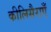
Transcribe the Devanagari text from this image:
कीलिसैराएँ